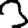
Digit: 3